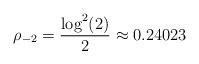
LaTeX: \begin{align*}\rho_{-2}=\frac{\log^2(2)}{2}\approx0.24023\end{align*}